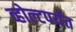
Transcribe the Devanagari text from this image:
व्होल्टपर्यंत